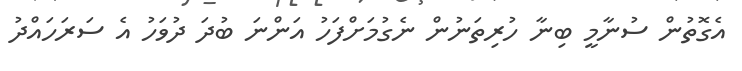
އެގޮތުން ސުނާމީ ބިނާ ހުރިތަނުން ނެގުމަށްފަހު އަންނަ ބުދަ ދުވަހު އެ ސަރަހައްދު